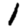
Digit: 1